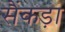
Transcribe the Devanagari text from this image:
सैंकड़ा